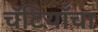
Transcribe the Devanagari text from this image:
चॅटियाँचा